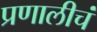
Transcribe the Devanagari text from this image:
प्रणालीचं